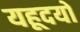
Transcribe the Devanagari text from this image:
यहूदयों